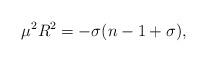
LaTeX: \begin{align*}\mu^{2}R^ {2} =-\sigma(n-1+\sigma) ,\end{align*}